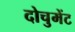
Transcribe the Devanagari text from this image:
दोचुमेंट